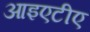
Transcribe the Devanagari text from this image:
आइएटीए